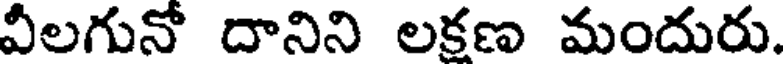
వీలగునో దానిని లకణ మందురు.